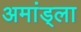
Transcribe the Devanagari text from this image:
अमांड्ला